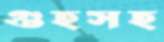
গুহসহ